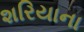
શરિયાના